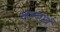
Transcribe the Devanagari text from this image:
अब्जावं